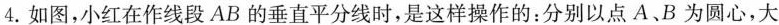
4.如图，小红在作线段AB的垂直平分线时，是这样操作的：分别以点A、B为圆心，大